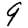
Digit: 9